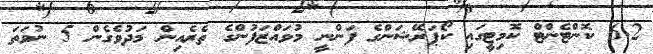
6.2 ކޮންޓެންޓް ކޮމިޓީގައި ކޯޕަރޭޝަންގެ ފަންނީ މުވައްޒަފުންގެ ތެރެއިން މަދުވެގެން 5 ނުވަތަ